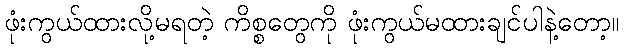
ဖုံးကွယ်ထားလို့မရတဲ့ ကိစ္စတွေကို ဖုံးကွယ်မထားချင်ပါနဲ့တော့။